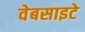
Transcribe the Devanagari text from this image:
वेबसाइटे